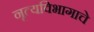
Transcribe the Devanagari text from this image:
नृत्यविभागाचे